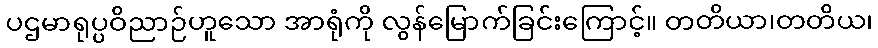
ပဌမာရုပ္ပဝိညာဉ်ဟူသော အာရုံကို လွန်မြောက်ခြင်းကြောင့်။ တတိယာ၊တတိယ၊